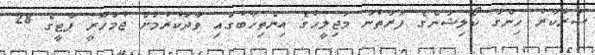
ސަރުކާރު ހިންގާ ކޯލިޝަންގެ ފަރާތުން މަޖިލީހުގެ އިންތިހާބުގައި ވާދަކުރުމަށް ޖުމްހޫރީ ޕާޓީގެ 28